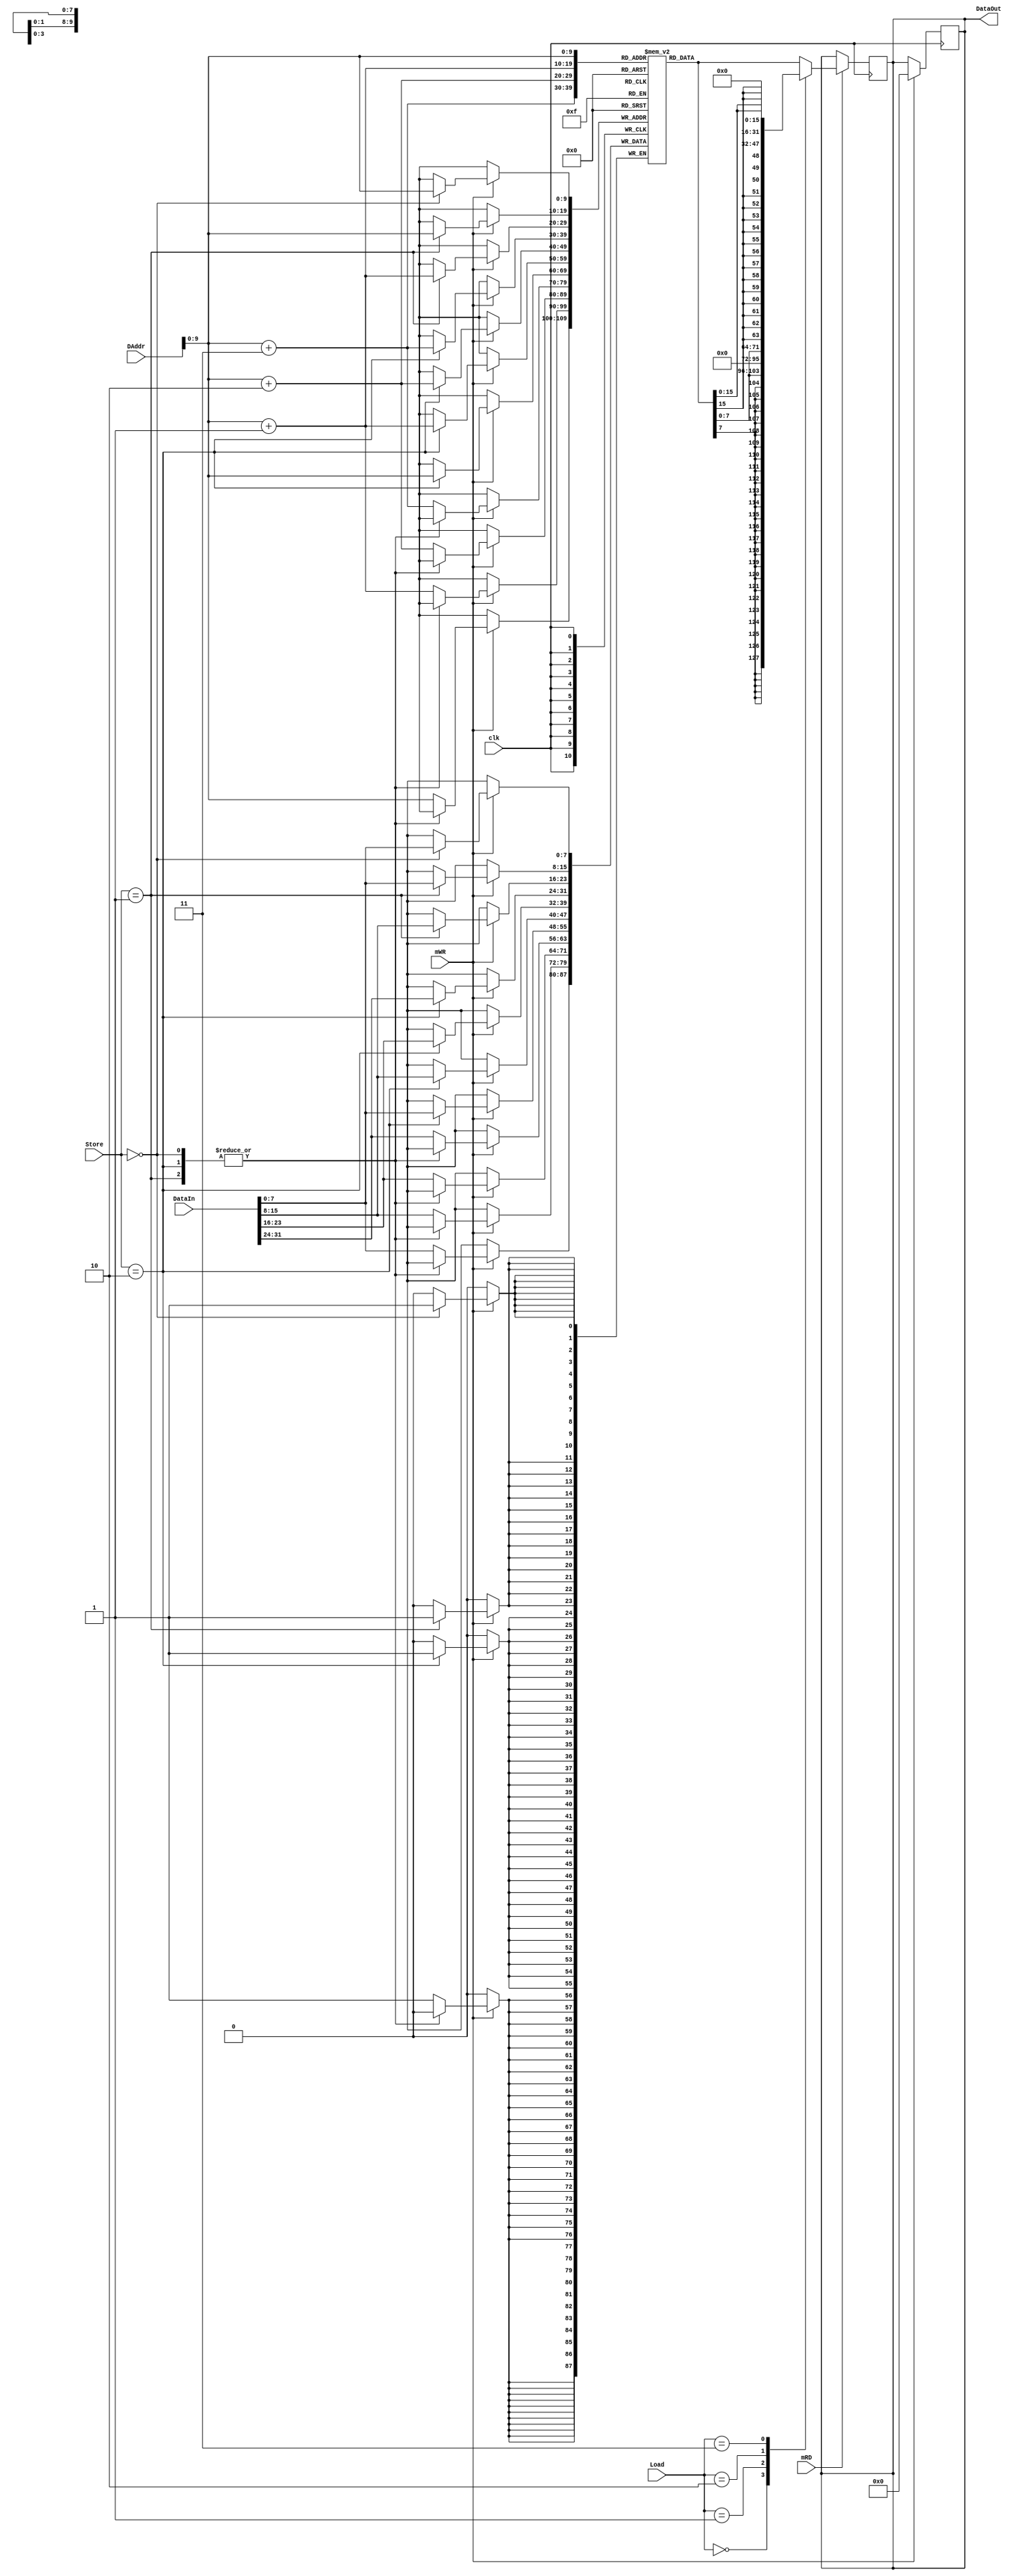
module DataMem(
    input clk,
    input[31:0] DAddr,
    input[31:0] DataIn,
    input[2:0] Load,
    input[1:0] Store,
    input mRD,
    input mWR,
    output reg[31:0] DataOut
);

reg [31:0] temp;
reg [31:0] temp_mem;

reg [7:0] memory[1023:0];
    integer i;

    initial
        begin
            for(i = 0; i < 32; i=i+1)
                memory [i] <= 0;
            DataOut <= 0;
        end


always @(posedge clk)
begin
    if (mRD)
    begin
          temp [31:24] = memory [DAddr+3];
          temp [23:16] = memory [DAddr+2];
          temp [15:8] = memory [DAddr+1];
          temp [7:0] = memory [DAddr];   
        case(Load)
		3'b000: DataOut = {{24{temp[7]}}, temp[7:0]};
		3'b001: DataOut = {24'b0, temp[7:0]};
		3'b010: DataOut = {{16{temp[15]}}, temp[15:0]};
		3'b011: DataOut = {16'b0, temp[15:0]};
		3'b100: DataOut = temp;
		default: DataOut = temp;
	  endcase      
	end
end

always @(negedge clk)
begin
    if(mWR)
    begin
        case(Store)
		2'b00: memory[DAddr] = DataIn[7:0];//temp_mem = {{24{DataIn[7]}}, DataIn[7:0]};
		2'b01: 
		    begin
			memory[DAddr] = DataIn[7:0];
			memory[DAddr+1] = DataIn[15:8];
		    end		//temp_mem = {{16{DataIn[15]}}, DataIn[15:0]};
		2'b10: 
		    begin
			memory [DAddr+3] = DataIn [31:24];
          		memory [DAddr+2] = DataIn [23:16];
          		memory [DAddr+1] = DataIn [15:8];
          		memory [DAddr] = DataIn [7:0];
		    end		//temp_mem = DataIn;
		default: 
		    begin
			memory [DAddr+3] = DataIn [31:24];
          		memory [DAddr+2] = DataIn [23:16];
          		memory [DAddr+1] = DataIn [15:8];
          		memory [DAddr] = DataIn [7:0];
		    end		//temp_mem = DataIn;
	  endcase
          DataOut <= 0;
    end
end

//     else if(mWR)
// 	begin
// 	  case(Store)
// 		2'b00: memory[DAddr] = DataIn[7:0];//temp_mem = {{24{DataIn[7]}}, DataIn[7:0]};
// 		2'b01: 
// 		    begin
// 			memory[DAddr] = DataIn[7:0];
// 			memory[DAddr+1] = DataIn[15:8];
// 		    end		//temp_mem = {{16{DataIn[15]}}, DataIn[15:0]};
// 		2'b10: 
// 		    begin
// 			memory [DAddr+3] = DataIn [31:24];
//           		memory [DAddr+2] = DataIn [23:16];
//           		memory [DAddr+1] = DataIn [15:8];
//           		memory [DAddr] = DataIn [7:0];
// 		    end		//temp_mem = DataIn;
// 		default: 
// 		    begin
// 			memory [DAddr+3] = DataIn [31:24];
//           		memory [DAddr+2] = DataIn [23:16];
//           		memory [DAddr+1] = DataIn [15:8];
//           		memory [DAddr] = DataIn [7:0];
// 		    end		//temp_mem = DataIn;
// 	  endcase
//           DataOut <= 0;
// 	end

// end

endmodule